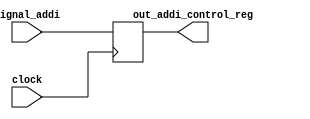
`timescale 1ps / 1ps
//////////////////////////////////////////////////////////////////////////////////
// Company: 
// Engineer: 
// 
// Design Name: 
// Module Name: addi_control_ID_EX_stage
// Project Name: 
// Target Devices: 
// Tool Versions: 
// Description: 
// 
// Dependencies: 
// 
// Revision:
// Revision 0.01 - File Created
// Additional Comments:
// 
//////////////////////////////////////////////////////////////////////////////////


module addi_control_ID_EX_stage(input signal_addi,input clock,output reg out_addi_control_reg);

always@(posedge clock)
out_addi_control_reg=signal_addi;
endmodule